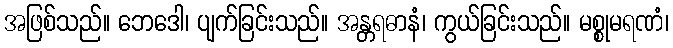
အဖြစ်သည်။ ဘေဒေါ၊ ပျက်ခြင်းသည်။ အန္တရဓာနံ၊ ကွယ်ခြင်းသည်။ မစ္စုမရဏံ၊